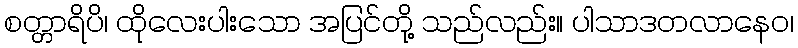
စတ္တာရိပိ၊ ထိုလေးပါးသော အပြင်တို့ သည်လည်း။ ပါသာဒတလာနေဝ၊